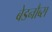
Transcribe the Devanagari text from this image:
बेडनौब्स